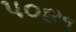
૫૦૪૧